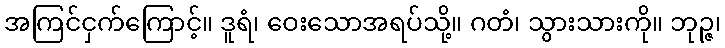
အကြင်ငှက်ကြောင့်။ ဒူရံ၊ ဝေးသောအရပ်သို့။ ဂတံ၊ သွားသားကို။ ဘုဉ္ဇ၊